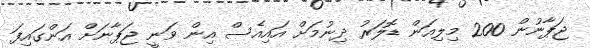
ޖަޕާނުން 200 މިލިއަން ޑޮލަރު ދިނުމަށް އައިއެސް އިން ވަނީ ޖަޕާނަށް އަންގައިފަ